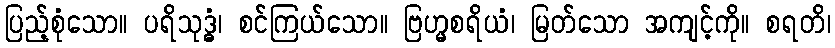
ပြည့်စုံသော။ ပရိသုဒ္ဓံ၊ စင်ကြယ်သော။ ဗြဟ္မစရိယံ၊ မြတ်သော အကျင့်ကို။ စရတိ၊